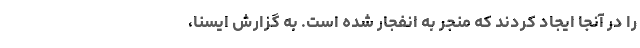
را در آنجا ایجاد کردند که منجر به انفجار شده است. به گزارش ایسنا،